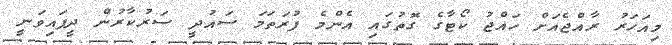
މިއަހަރު ރާއްޖެއަށް ހައްޖު ކޯޓާގެ ގޮތުގައި އެންމެ ފުރަތަމަ ސައުދީ ސަރުކާރުން ދީފައިވަނީ